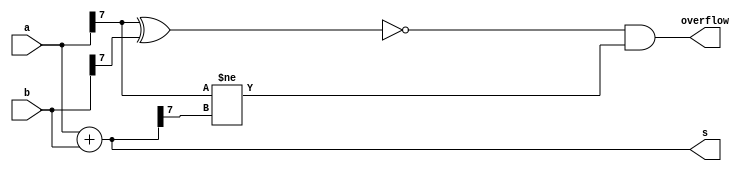
// This program was cloned from: https://github.com/milind7777/VerilogDocGen
// License: MIT License

module ece241_2014_q1c (
  input [7:0] a,
  input [7:0] b,
  output [7:0] s,
  output overflow

);

  wire [8:0] sum = a+b;
  assign s = sum[7:0];
  assign overflow = !(a[7]^b[7]) && (a[7] != s[7]);

endmodule